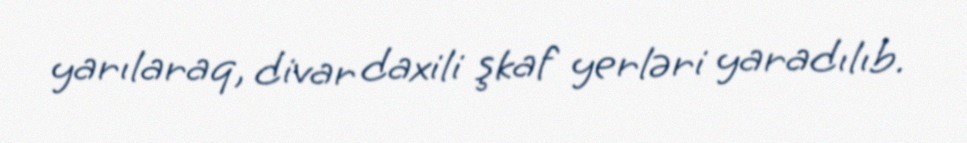
yarılaraq, divar daxili şkaf yerləri yaradılıb.